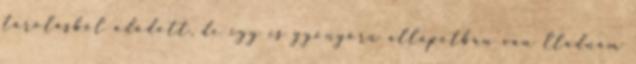
tárolásból adódott, de így is gyönyörû állapotban van Eladnám